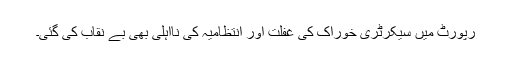
رپورٹ میں سیکرٹری خوراک کی غفلت اور انتظامیہ کی نااہلی بھی بے نقاب کی گئی۔